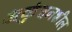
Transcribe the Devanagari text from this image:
अकुंचनशील